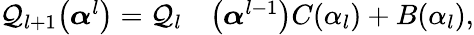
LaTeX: \begin{array}{rl}{\mathcal{Q}_{l+1}\big(\boldsymbol{\alpha}^{l}\big)=\mathcal{Q}_{l}}&{{}\big(\boldsymbol{\alpha}^{l-1}\big)C(\alpha_{l})+B(\alpha_{l}),}\end{array}